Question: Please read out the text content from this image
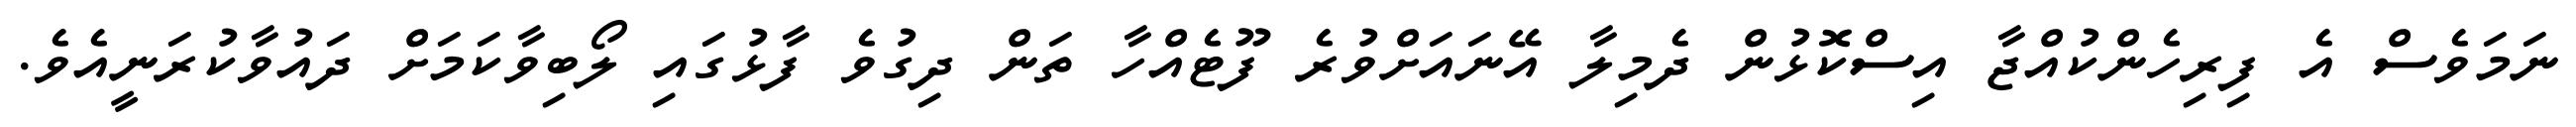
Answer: ނަމަވެސް އެ ފިރިހެންކުއްޖާ އިސްކޮޅުން ދެމިލާ އޭނައަށްވުރެ ފޫޓެއްހާ ތަން ދިގުވެ ފާޅުގައި ލޯބިވާކަމަށް ދައުވާކުރަނީއެވެ.